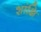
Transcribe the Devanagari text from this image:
शांक्षि